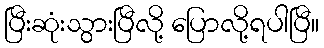
ပြီးဆုံးသွားပြီလို့ ပြောလို့ရပါပြီ။